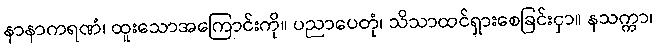
နာနာကရဏံ၊ ထူးသောအကြောင်းကို။ ပညာပေတုံ၊ သိသာထင်ရှားစေခြင်းငှာ။ နသက္ကာ၊